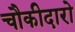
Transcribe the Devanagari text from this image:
चौकीदारो